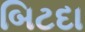
બિટદા